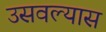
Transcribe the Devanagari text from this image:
उसवल्यास